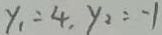
y _ { 1 } = 4 , y _ { 2 } = - 1